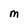
Character: M